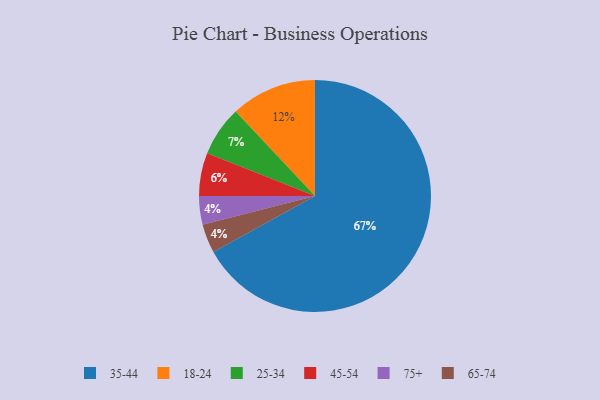
{"axis": {"x": "Category", "y": "Percentage"}, "legend": ["18-24", "25-34", "35-44", "45-54", "65-74", "75+"], "data": [{"x": "75+", "y": 4, "type": "75+"}, {"x": "35-44", "y": 67, "type": "35-44"}, {"x": "25-34", "y": 7, "type": "25-34"}, {"x": "18-24", "y": 12, "type": "18-24"}, {"x": "45-54", "y": 6, "type": "45-54"}, {"x": "65-74", "y": 4, "type": "65-74"}]}